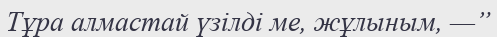
Тұра алмастай үзілді ме, жұлыным, —”